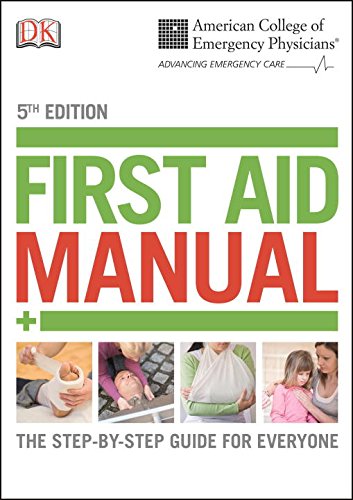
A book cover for ACEP First Aid Manual, 5th Edition (Dk First Aid Manual); DK; Medical Books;